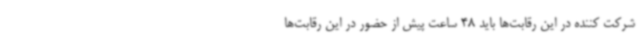
شرکت کننده در این رقابت‌ها باید 48 ساعت پیش از حضور در این رقابت‌ها